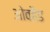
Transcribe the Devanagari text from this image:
ओवहैड